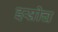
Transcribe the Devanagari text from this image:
इस्रोच